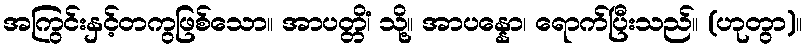
အကြွင်းနှင့်တကွဖြစ်သော။ အာပတ္တိံ၊ သို့။ အာပန္နော၊ ရောက်ပြီးသည်။ (ဟုတွာ)။